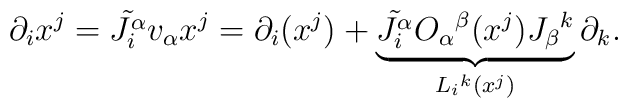
\partial _{i} x^{j} = \tilde{J_{i}^{\alpha }} v_{\alpha } x^{j} = \partial_{i}(x^{j}) +\underbrace{\tilde{J_{i}^{\alpha }} O_{\alpha }{}^{\beta }(x^{j})J_{\beta }{}^{k}}_{L_{i}{}^{k}(x^{j})} \partial _{k}.